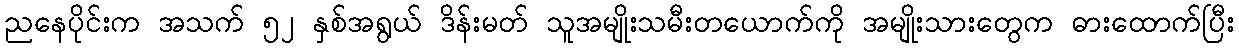
ညနေပိုင်းက အသက် ၅၂ နှစ်အရွယ် ဒိန်းမတ် သူအမျိုးသမီးတယောက်ကို အမျိုးသားတွေက ဓားထောက်ပြီး